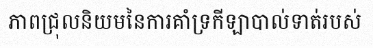
ភាពជ្រុលនិយមនៃការគាំទ្រកីឡាបាល់ទាត់របស់